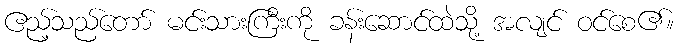
ဧည့်သည်တော် မင်းသားကြီးကို ခန်းဆောင်ထဲသို့ အလျင် ဝင်စေ၏။